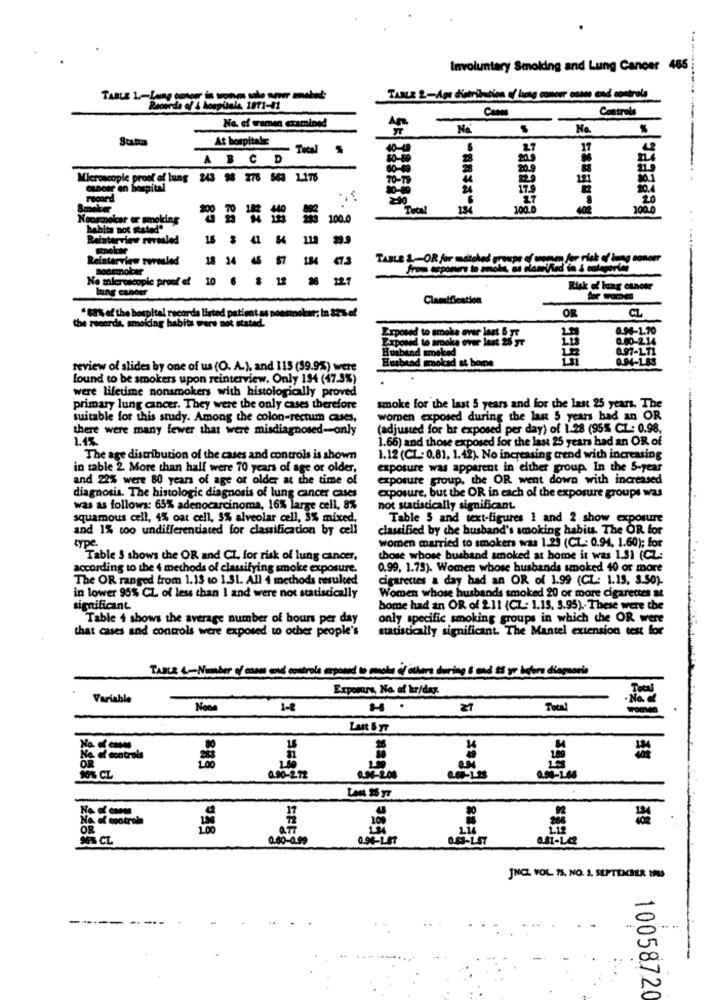
Involuntary Smoking and Lung Cancer 485
TABLE L-Log cony in women solo nou mabed:
TABLE 2-Aps distribution of hong comerr ost end controle
Controla
No. of ramen examined
-
ESPEEEG
An
Suatra
At hospitals
4
ABCD
$0-60
Microscopie proof of lung
243 98 378 563 1.178
121
hospital
30-40
24
record
2:40
Scooter
Total
100.0
402
100.0
Nonsmoker or smoking
100.0
habits not stated"
Bainterview revealed
16 3 41 54
scholar
Reinterview rersled
18 14 46
57
TABLE 1-OR for matched groups of women for risk of lang sonomr
Soamolar
No mieroscopie proof of
10
12
12
lung cancer
Risk of lung cancer
Classification
OR
the recorda, smoking babits were not stated.
.88% of the hospital records listed patient as poesmoker; In 82 % of
CL
0.94-1.70
Exposed to smoke ever last 5 7:
0.00-214
Expone
0.97-171
Howbited smoked
Husband mokad st boire
9395
QUM4-185
review of slides by one of us (O. A.), and 113 (39.9%) were
found to be smokers upon reinterview. Only 194 (47.9%)
were lifetime nonsmokers with histologically proved
primary lung cancer. They were the only cases therefore
smoke for the last 5 years and for the last 25 years. The
suitable for this study. Among the colon-rectum cases,
women exposed during the last 5 years had an OR
there were many fewer that were misdiagnosed-only
(adjusted for hr exposed per day) of 1.28 (95% CL: 0.98,
1.66) and those exposed for the last 25 years had an OR of
The age distribution of the cases and controls is shown
1.12 (CL: 0.81, 1.42). No increasing trend with increasing
in table 2. More than half were 70 years of age or older,
exposure was apparent in either group. In the 5-year
and 22% were 80 years of age of older at the time of
exposure group, the OR went down with increased
diagnosis. The histologic diagnosis of lung cancer cases
exposure, but the OR in each of the exposure groups was
was as follows: 65% adenocarcinoma, 16% large cell, 8%
not statistically significant.
squamous cell, 4% oat cell, 3% alveolar cell, 3% mixed,
Table 5 and text-figures 1 and 2 show exposure
and 1% too undifferentiated for classification by cell
classified by che husband's smoking habits. The OR for
women married to smokers was 1.29 (CL .: 0.94, 1.60); for
type
"Table 3 shows the OR and CL, for risk of lung cancer.
those whose bushand smoked at home it was 1.31 (CL:
according to the 4 methods of classifying smoke exposure.
0.99, 1.75). Women whose husbands smoked 40 or more
The OR ranged from 1.13 to 1.31. All 4 methods resulted
cigarettes a day had an OR of 1.99 (CL: 1.15, 3.50)-
in lower 95% CL of less than 1 and were not statistically
Women whose husbands smoked 20 or more cigarettes at
significant.
home had an OR of 211 (CZ: 1.15. 3.95). These were the
Table 4 shows the average number of hours per day
only specific smoking groups in which the OR were
that cases and controls were exposed to other people's
statistically significant. The Mantel extension test for
Trace &- Number of cards and controla appeand to maty of ichore during & med is or before diagnosis
Experare, No. of hr/day.
Variable
1-8
21
Last 5 yr
OR
=
10% CL
Na al contrala
OR
96% CL
JNCL VOL 15. NO. 3. SEPTEMBER INS
------
1005872